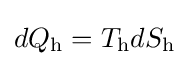
dQ_{\mathrm {h} }=T_{\mathrm {h} }dS_{\mathrm {h} }